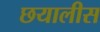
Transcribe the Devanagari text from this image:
छयालीस